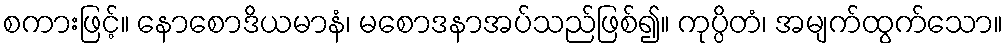
စကားဖြင့်။ နောစောဒိယမာနံ၊ မစောဒနာအပ်သည်ဖြစ်၍။ ကုပ္ပိတံ၊ အမျက်ထွက်သော။